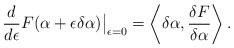
LaTeX: \begin{align*}\frac{d}{d \epsilon} F(\alpha + \epsilon \delta \alpha) \big |_{\epsilon=0} =\left \langle \delta \alpha , \frac{\delta F}{\delta \alpha} \right \rangle.\end{align*}